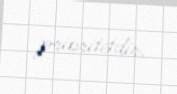
prioritetdir.